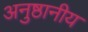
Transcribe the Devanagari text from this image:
अनुष्ठानीय